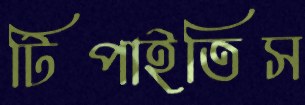
টিপাইতিস